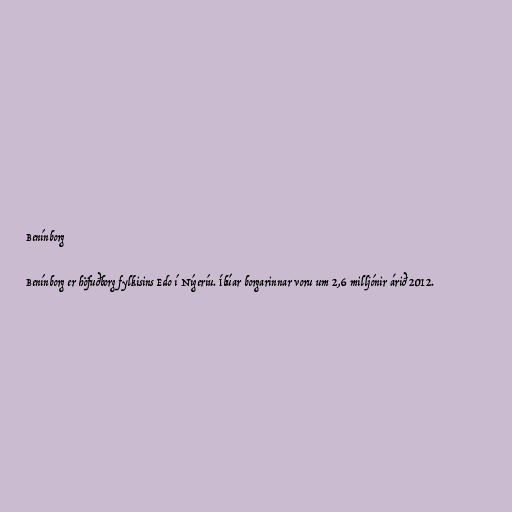
Benínborg

Benínborg er höfuðborg fylkisins Edo í Nígeríu. Íbúar borgarinnar voru um 2,6 milljónir árið 2012.